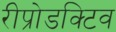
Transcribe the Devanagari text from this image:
रीप्रोडक्टिव